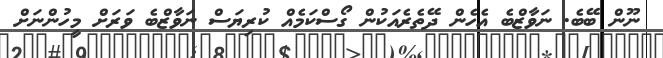
ނޫން ބޭބެ. ނަވާޒްބެ އެހެން ދޭތެރެއަކުން ގޯސްކަމެއް ކުރިޔަސް ނަވާޒްބެ ވަރަށް މީހުންނަށް